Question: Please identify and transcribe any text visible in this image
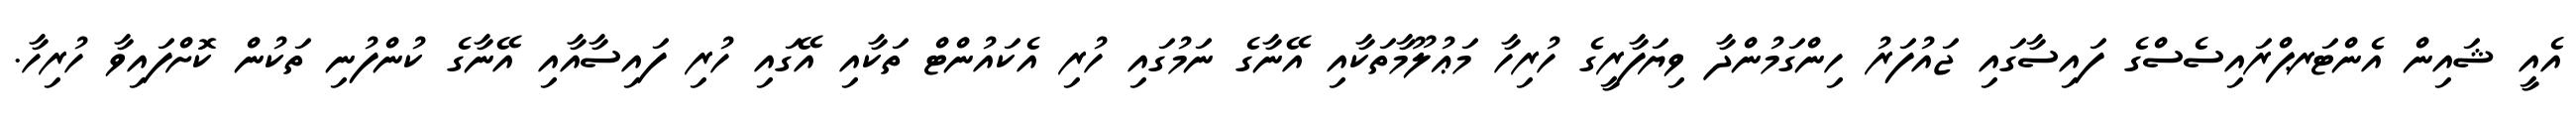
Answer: އެއީ ޝައިން އެންޓަރޕްރައިސެސްގެ ފައިސާގައި ޖައުފަރު ހިންގަމުންދާ ވިޔަފާރީގެ ހުރިހާ މަޢުލޫމާތަކާއި އޭނާގެ ނަމުގައި ހުރި އެކައުންޓް ތަކާއި އޭގައި ހުރި ފައިސާއާއި އޭނާގެ ކުންފުނި ތަކުން ކޮށްފައިވާ ހުރިހާ.